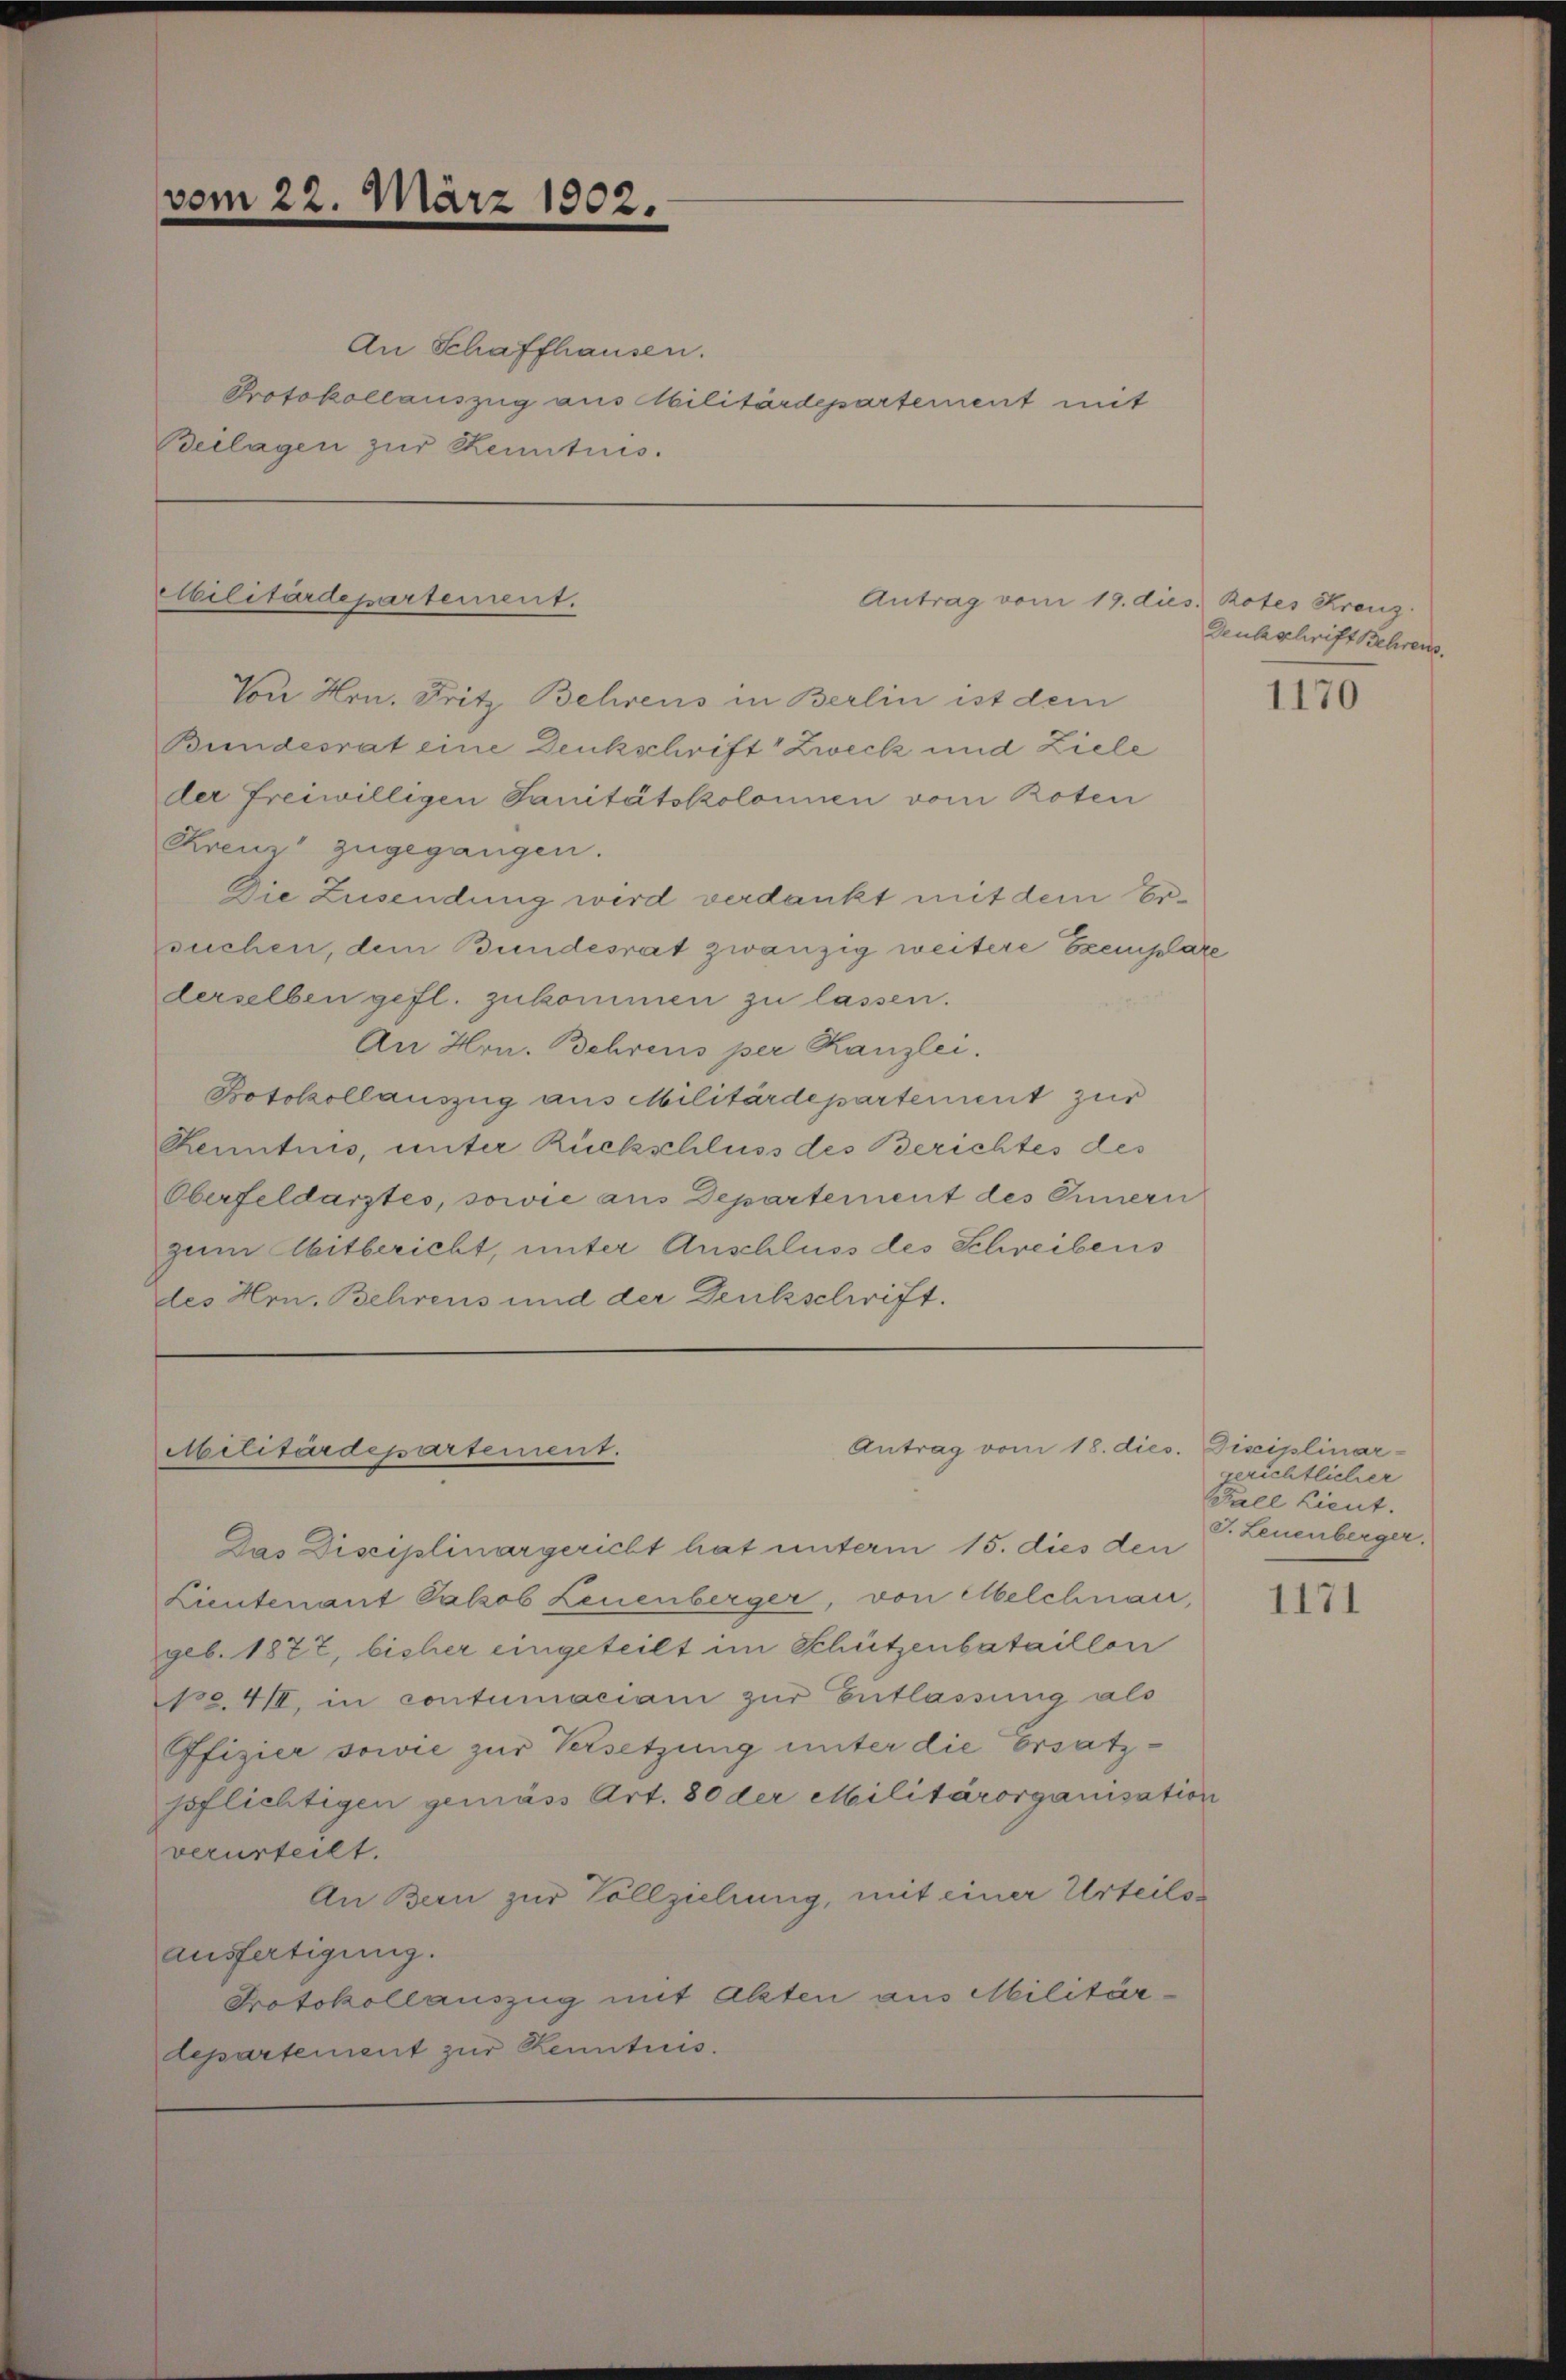
vom 22. März 1902.

An Schaffhausen.
Protokollauszug aus Militärdepartement mit
Beilagen zur Kenntnis.

Militärdepartement.

Von Hrn. Fritz Behrens in Berlin ist dem
Bundesrat eine Denkschrift Zweck und Ziele
der freiwilligen Sanitätskolonnen vom Boten
Kreuz zugegangen.
Die Zusendung wird verdankt mit dem Ersuchen, dem Bundesrat zwanzig weitere Exemplare
derselben gefl. zukommen zu lassen.
An Hrn. Behrens per Kanzlei.
Botokollauszug aus Militärdepartement zur
Kenntnis, unter Rückschluss des Berichtes des
Oberfeldarztes, sowie aus Departement des Innern
zum Abitbericht, unter Anschluss des Schreibens
des Hrn. Behrens und der Denkschrift.

bilitärdepartement.

Antrag vom 19. dies. Rotes Kreuz

Antrag vom 18. dies. Disciplinar-

Das Disciplinargericht hat unterm 15. dies den
Lieutenant Jakob Leuenberger, von Melchnau,
geb. 1877, bisher eingeteilt im Schützenbataillon
Nro 4III, in contumaciani zur Entlassung als
Pfizier sowie zur Versetzung unter die Ersatzspflichtigen gemäss Art. 80 der Militärorganisation
verurteilt.
An Bern zur Vollziehung, mit einer Urteilss
ausfertigung.
Protokollauszug mit Akten aus Militär-
departement zur Kenntnis.

Deutschrift Behrens.

1170

gerichtlicher
Fall Lieut.
J. Leuenberger.

1171